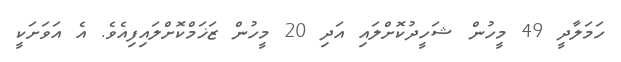
ހަމަލާދީ 49 މީހުން ޝަހީދުކޮށްލައި އަދި 20 މީހުން ޒަޚަމްކޮށްލައިފިއެވެ. އެ އަވަށަކީ